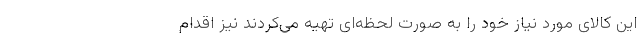
این کالای مورد نیاز خود را به صورت لحظه‌ای تهیه می‌کردند نیز اقدام